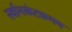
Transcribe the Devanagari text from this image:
र्स्वागकंटकमय